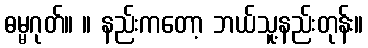
ဓမ္မဂုတ်။ ။ နည်းကတော့ ဘယ်သူ့နည်းတုန်း။